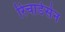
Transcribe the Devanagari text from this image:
रिचार्डसेन